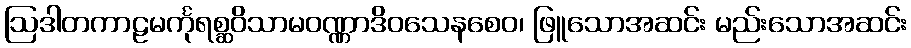
ဩဒါတကာဠမင်္ကုရစ္ဆဝိသာမဝဏ္ဏာဒိဝသေနစေဝ၊ ဖြူသောအဆင်း မည်းသောအဆင်း